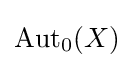
\operatorname {Aut} _{0}(X)